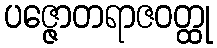
ပဇ္ဇောတရာဇဝတ္ထု